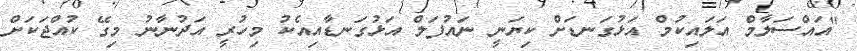
"އައްސަލާމް އަލައިކުމް އަޅުގަނޑަށް ކިޔަނީ ނައުފަލް އަޅުގަނޑާއިއެކު މިހުރީ އަދުނާނު މިގޭ ކުއްޖަކަށް